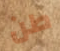
طن